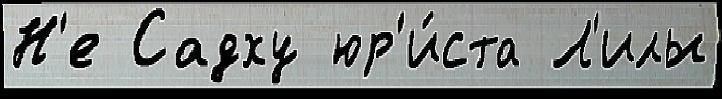
Н'е Садху юр'и́ста Л'илы